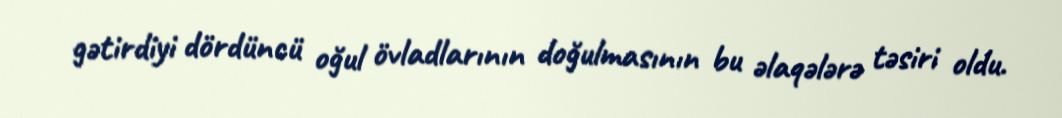
gətirdiyi dördüncü oğul övladlarının doğulmasının bu əlaqələrə təsiri oldu.